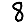
Digit: 8